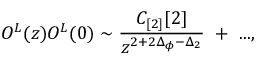
O ^ { L } ( z ) O ^ { L } ( 0 ) \sim { \frac { C _ { [ 2 ] } [ 2 ] } { z ^ { 2 + 2 \Delta _ { \phi } - \Delta _ { 2 } } } } ~ + ~ . . . ,